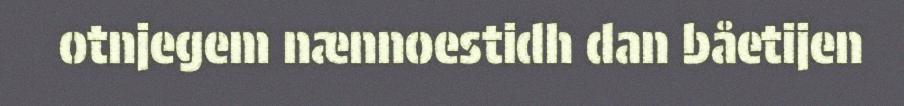
otnjegem nænnoestidh dan båetijen